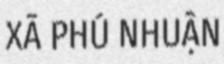
XÃ PHÚ NHUẬN